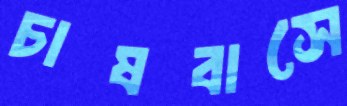
চাষবাসে